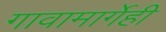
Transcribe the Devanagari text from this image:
गावामार्गेही